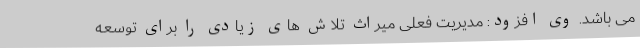
می باشد. وی افزود: مدیریت فعلی میراث تلاش های زیادی را برای توسعه